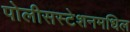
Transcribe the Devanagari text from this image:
पोलीसस्टेशनमधिल